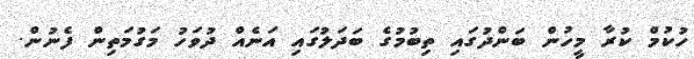
ހުކުމް ކުރާ މީހުން ބަންދުގައި ތިބުމުގެ ބަދަލުގައި އަނެއް ދުވަހު މަގުމަތިން ފެނުން.